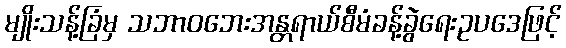
မျိုးသန့်ခြံမှ သဘာဝဘေးအန္တရာယ်စီမံခန့်ခွဲရေးဥပဒေဖြင့်